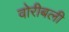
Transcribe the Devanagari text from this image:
वोरीबली